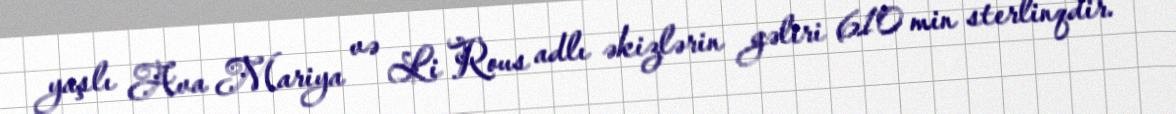
yaşlı Ava Mariya və Li Rous adlı əkizlərin gəliri 610 min sterlinqdir.